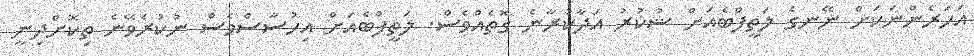
އަހަރެންނަކަށް ނޭނގެ ލަތީފްބެއަށް ޝުކުރު އަދާކުރާނެ ގޮތެއްވެސް. ލަތީފްބެއަށް އިހުސާސްވެސް ނުކުރެވޭނެ ތިކޮށްދިނީ